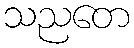
သညတေ